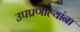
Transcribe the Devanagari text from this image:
उपप्रणाल्यांना